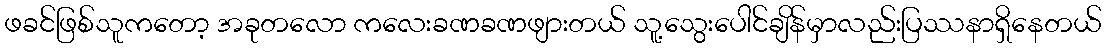
ဖခင်ဖြစ်သူကတော့ အခုတလော ကလေးခဏခဏဖျားတယ် သူ့သွေးပေါင်ချိန်မှာလည်းပြဿနာရှိနေတယ်